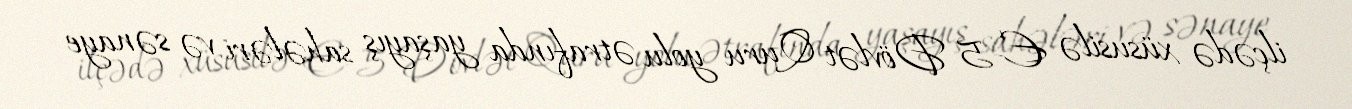
ilçədə xüsusilə E-5 Dövlət Quru yolu ətrafında yaşayış sahələri və sənaye